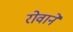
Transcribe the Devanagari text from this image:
रोवाने